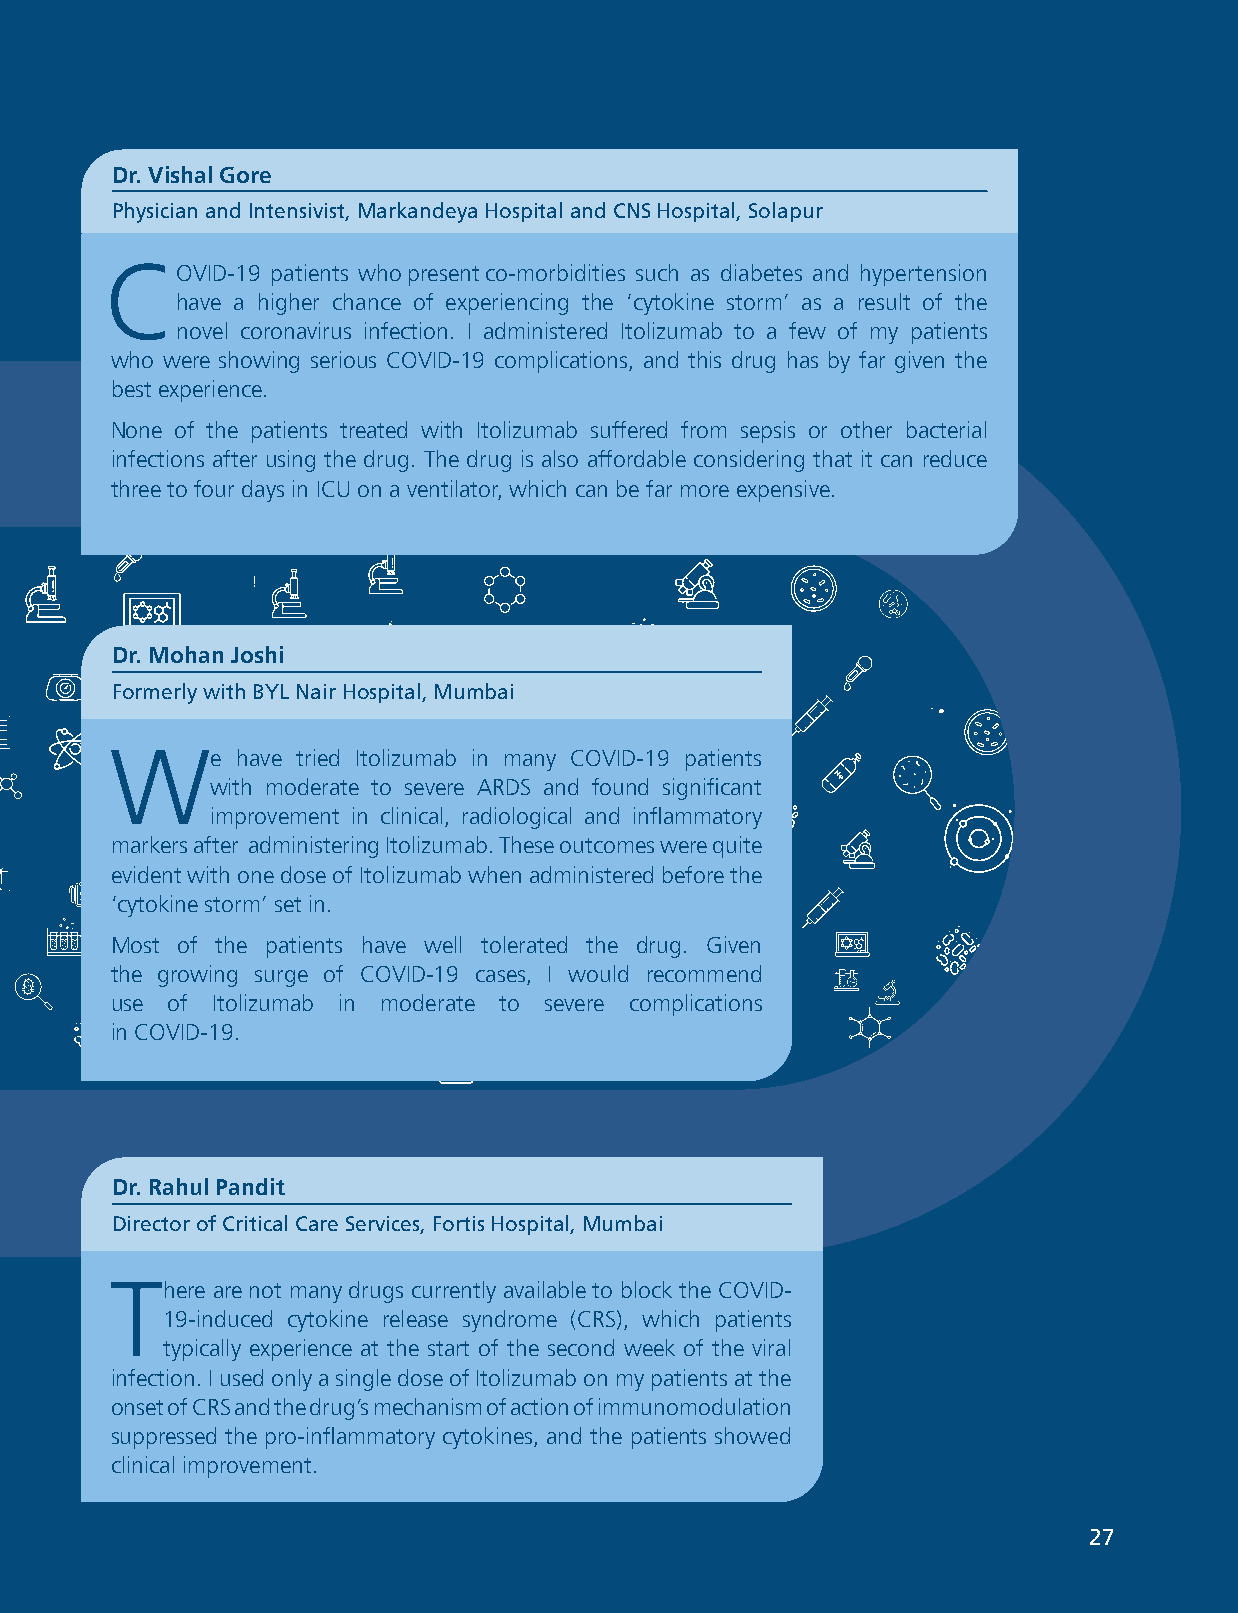
Biocon Limited
 Dr. Vishal Gore
 Physician and Intensivist, Markandeya Hospital and CNS Hospital, Solapur
 C
 OVID-19 patients who present co-morbidities such as diabetes and hypertension
 have a higher chance of experiencing the ‘cytokine storm’ as a result of the
 novel coronavirus infection. I administered Itolizumab to a few of my patients
 who were showing serious COVID-19 complications, and this drug has by far given the
 best experience.
 None of the patients treated with Itolizumab suffered from sepsis or other bacterial
 infections after using the drug. The drug is also affordable considering that it can reduce
 three to four days in ICU on a ventilator, which can be far more expensive.
 Dr. Mohan Joshi
 Formerly with BYL Nair Hospital, Mumbai
 W
 e have tried Itolizumab in many COVID-19 patients
 with moderate to severe ARDS and found significant
 improvement in clinical, radiological and inflammatory
 markers after administering Itolizumab. These outcomes were quite
 evident with one dose of Itolizumab when administered before the
 ‘cytokine storm’ set in.
 Most of the patients have well tolerated the drug. Given
 the growing surge of COVID-19 cases, I would recommend
 use of Itolizumab in moderate to severe complications
 in COVID-19.
 Dr. Rahul Pandit
 Director of Critical Care Services, Fortis Hospital, Mumbai
 T
 here are not many drugs currently available to block the COVID-
 19-induced cytokine release syndrome (CRS), which patients
 typically experience at the start of the second week of the viral
 infection. I used only a single dose of Itolizumab on my patients at the
 onset of CRS and the drug’s mechanism of action of immunomodulation
 suppressed the pro-inflammatory cytokines, and the patients showed
 clinical improvement.
 ANNUAL REPORT 2021                                UNWAVERING PURPOSE 2277